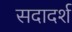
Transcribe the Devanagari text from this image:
सदादर्श